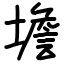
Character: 㙴